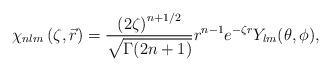
LaTeX: \begin{align*} \chi_{nlm} \left(\zeta,\vec{r}\right)=\frac{\left(2\zeta \right)^{n+1/2}}{\sqrt{\Gamma(2n+1)}}r^{n-1}e^{-\zeta r}Y_{lm}(\theta,\phi),\end{align*}